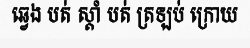
ឆ្វេង បត់ ស្តាំ បត់ ត្រឡប់ ក្រោយ